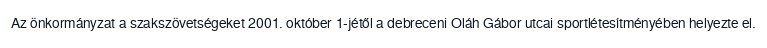
Az önkormányzat a szakszövetségeket 2001. október 1-jétől a debreceni Oláh Gábor utcai sportlétesítményében helyezte el.